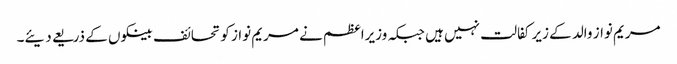
مریم نواز والد کے زیر کفالت نہیں ہیں جبکہ وزیراعظم نے مریم نواز کو تحائف بینکوں کے ذریعے دیئے۔